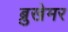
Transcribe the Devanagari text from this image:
ब्रुखेमर